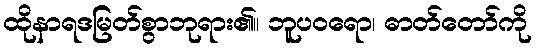
ထိုနာရဒမြတ်စွာဘုရား၏။ ဘူပဝရော၊ ဓာတ်တော်ကို